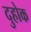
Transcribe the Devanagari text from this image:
दुहोक